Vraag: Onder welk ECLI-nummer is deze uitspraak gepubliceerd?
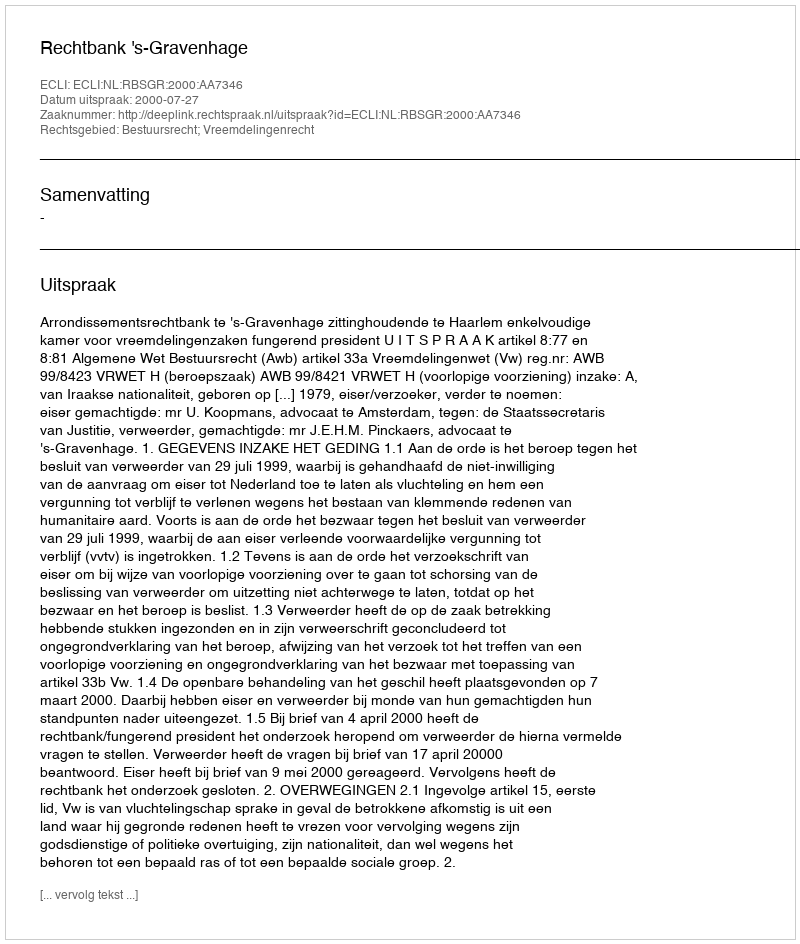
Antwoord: ECLI:NL:RBSGR:2000:AA7346